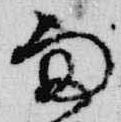
雨